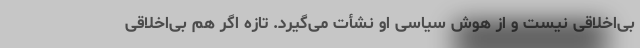
بی‌اخلاقی نیست و از هوش سیاسی او نشأت می‌گیرد. تازه اگر هم بی‌اخلاقی